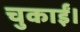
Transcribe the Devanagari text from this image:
चुकाईं।